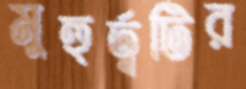
মুহুর্ত্বটির